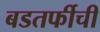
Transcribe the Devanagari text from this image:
बडतर्फीची